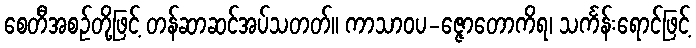
စေတီအစဉ်တို့ဖြင့် တန်ဆာဆင်အပ်သတတ်။ ကာသာဝပ-ဇ္ဇောတောကိရ၊ သင်္ကန်းရောင်ဖြင့်